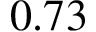
0 . 7 3